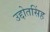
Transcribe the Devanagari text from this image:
उद्दोतसिंह